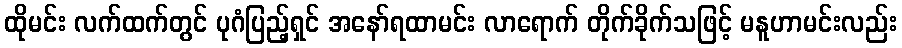
ထိုမင်း လက်ထက်တွင် ပုဂံပြည့်ရှင် အနော်ရထာမင်း လာရောက် တိုက်ခိုက်သဖြင့် မနူဟာမင်းလည်း